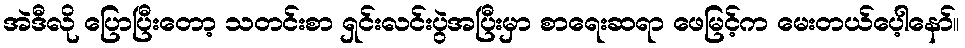
အဲဒီလို ပြောပြီးတော့ သတင်းစာ ရှင်းလင်းပွဲအပြီးမှာ စာရေးဆရာ ဖေမြင့်က မေးတယ်ပေ့ါနော်။